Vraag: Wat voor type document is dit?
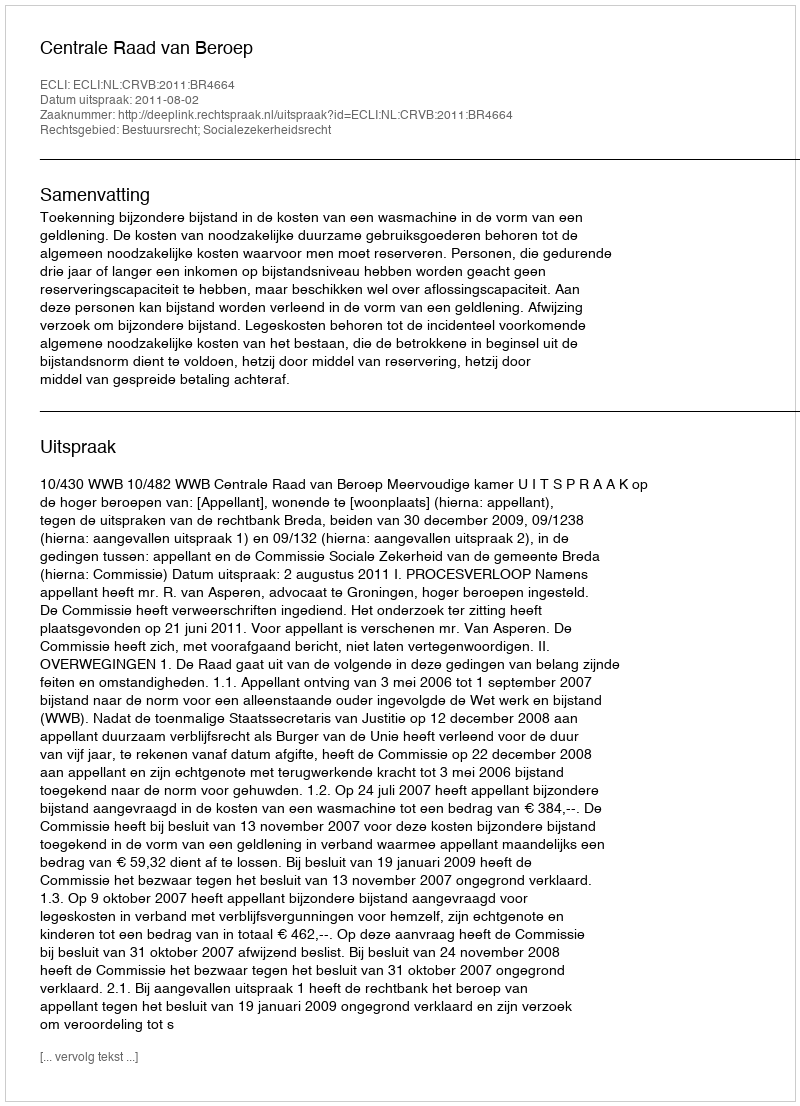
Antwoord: Uitspraak